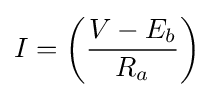
I=\left({\frac {V-E_{b}}{R_{a}}}\right)